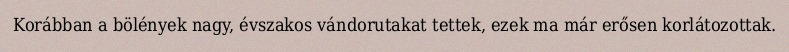
Korábban a bölények nagy, évszakos vándorutakat tettek, ezek ma már erősen korlátozottak.